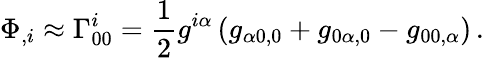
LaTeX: \Phi_{,i}\approx\Gamma_{00}^{i}={\frac{1}{2}}g^{i\alpha}\left(g_{\alpha 0,0}+g_{0\alpha,0}-g_{00,\alpha}\right)\, .